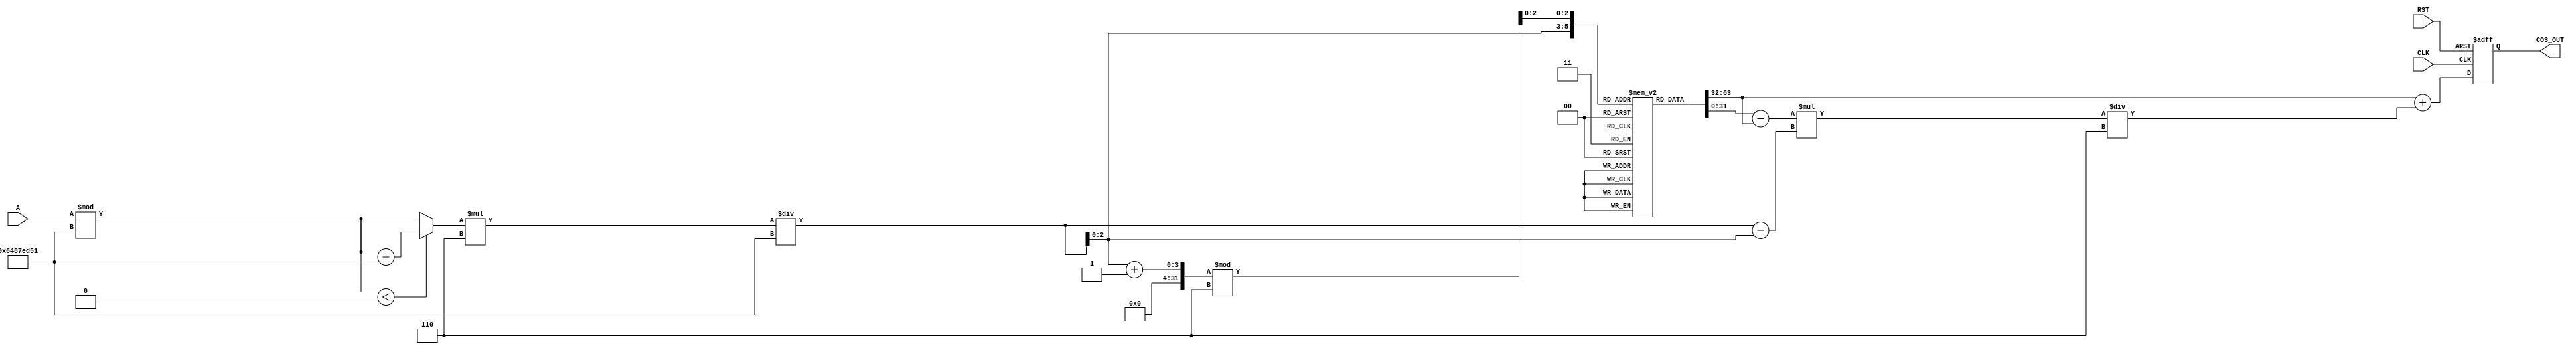
module CosineBlock (
    input wire [31:0] A,           // Angle Input in radians (fixed-point representation)
    input wire CLK,                // Clock signal
    input wire RST,                // Reset signal
    output reg [31:0] COS_OUT      // Cosine output
);

    // Parameter definitions
    parameter LUT_SIZE = 6;               // Size of the LUT
    parameter PI = 32'h3243F6A9;          // Fixed point representation of 
    parameter TWO_PI = 32'h6487ED51;      // Fixed point representation of 2

    reg [31:0] lut [0:LUT_SIZE-1]; // COS lookup table
    reg [31:0] angle_normalized;   // Normalized angle
    reg [31:0] cos1, cos2;         // Cosine values for interpolation
    reg [31:0] angle_frac;          // Fractional part for interpolation
    reg [2:0] index;               // LUT index
    reg [31:0] lut_diff;           // LUT difference for linear interpolation
    reg [31:0] interpolated_cos;   // Final cosine value after interpolation

    // Initialize LUT with precomputed cosine values
    initial begin
        // Values for cos(0), cos(/6), cos(/4), cos(/3), cos(/2), cos() in fixed-point format
        lut[0] = 32'h3F800000; // cos(0) = 1.0
        lut[1] = 32'h3F5A827A; // cos(/6)  0.866025
        lut[2] = 32'h3F400000; // cos(/4)  0.707107
        lut[3] = 32'h3F2C6C6C; // cos(/3)  0.5
        lut[4] = 32'h3F000000; // cos(/2) = 0.0
        lut[5] = 32'hBF800000; // cos() = -1.0
    end

    always @(posedge CLK or posedge RST) begin
        if (RST) begin
            COS_OUT <= 32'h00000000; // Reset output
        end else begin
            // Normalize the angle to [0, 2)
            angle_normalized = A % TWO_PI;
            if (angle_normalized < 0) angle_normalized = angle_normalized + TWO_PI;

            // Determine LUT index (e.g., 0 to 5)
            index = angle_normalized * LUT_SIZE / TWO_PI;

            // Access LUT values
            cos1 = lut[index];
            cos2 = lut[(index + 1) % LUT_SIZE];

            // Fractional part for interpolation
            angle_frac = (angle_normalized * LUT_SIZE / TWO_PI) - index;

            // Linear interpolation
            lut_diff = cos2 - cos1;
            interpolated_cos = cos1 + (lut_diff * angle_frac) / LUT_SIZE;

            // Assign result to output
            COS_OUT <= interpolated_cos;
        end
    end
endmodule